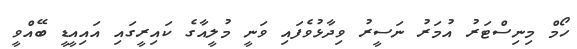
ހޯމް މިނިސްޓަރު އުމަރު ނަސީރު ވިދާޅުވެފައި ވަނީ މުލީއާގެ ކައިރީގައި އައިއީޑީ ބޭއްވީ